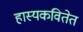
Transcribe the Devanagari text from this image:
हास्यकवितेत